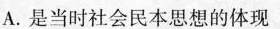
A.是当时社会民本思想的体现